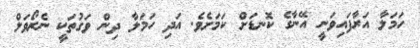
ހަމަލާ އަރާފައިވަނީ އޭނާގެ ކޮނޑަށް ކަމަށެވެ. އަދި ހަމަލާ ދިން ވަގުތަކީ ނެރޯވަލް